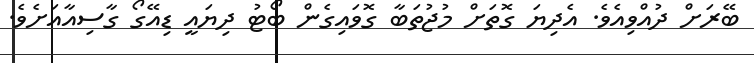
ބޭރަށް ދުއްވިއެވެ. އެދިޔަ ގޮތަށް މުޖުތަބާ ގޮވައިގެން ބޯޓު ދިޔައީ ޑިއޭގޯ ގާސިއާއަށެވެ.